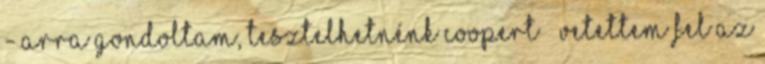
- Arra gondoltam, tesztelhetnénk Coopert – vetettem fel az